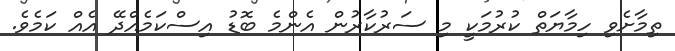
ތިމާށެވި ހިމާޔަތް ކުރުމަކީ މި ސަރުކާރުން އެންމެ ބޮޑު އިސްކަމެއްދޭ އެއް ކަމެވެ.